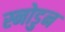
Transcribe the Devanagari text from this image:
स्नोडुन